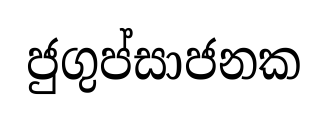
ජුගුප්සාජනක